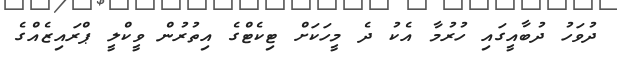
ދުވަހު ދުބާއީގައި ހުރުމާ އެކު ދެ މީހަކަށް ޓިކެޓްގެ އިތުރުން ވީކްލީ ޕްރައިޒެއްގެ